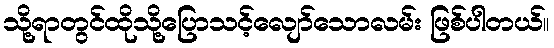
သို့ရာတွင်ထိုသို့ပြောသင့်လျော်သောလမ်း ဖြစ်ပါတယ်။